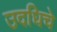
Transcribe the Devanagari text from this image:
उदधिचे